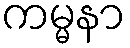
ကမ္မနာ